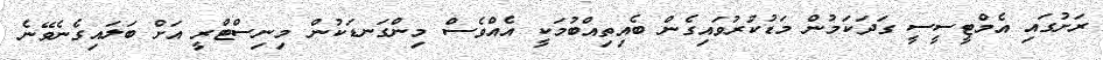
ރަށުގައި އެމްޓީސީސީ ގަދަކަމުން މަޑުކުރުވައިގެން ބެއިތިއްބުމަކީ އެއްވެސް މިންގަނޑަކުން މިނިސްޓްރީ އަށް ބަލައިގެނެވޭނެ